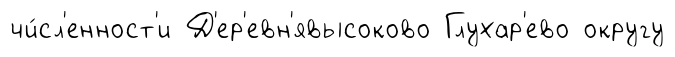
чи́сл'енност'и Д'ер'евн'явысоково Глухар'ево округу